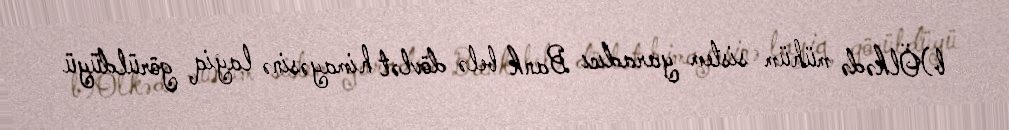
b)Ölkədə mühüm sistem yaradıcı Bank belə dövlət himayəsinə layiq görüldüyü